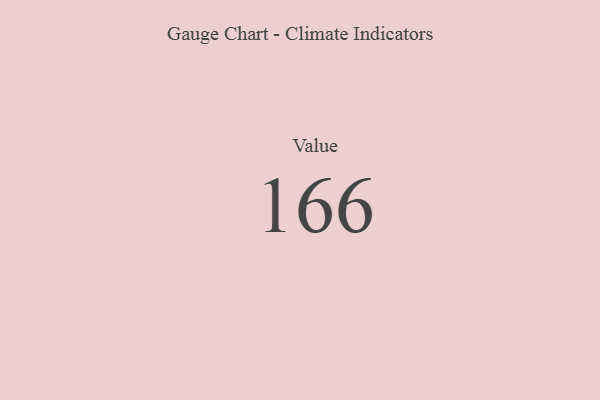
{"axis": {"x": "Metric", "y": "Value"}, "legend": [""], "data": [{"x": "Value", "y": 166, "type": ""}]}